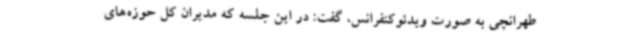
طهرانچی به صورت ویدئوکنفرانس، گفت: در این جلسه که مدیران کل حوزه‌های